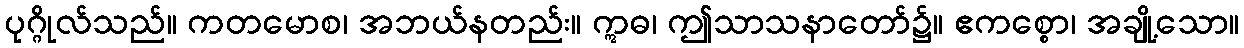
ပုဂ္ဂိုလ်သည်။ ကတမောစ၊ အဘယ်နတည်း။ ဣဓ၊ ဤသာသနာတော်၌။ ဧကစ္စော၊ အချို့သော။